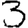
Digit: 3